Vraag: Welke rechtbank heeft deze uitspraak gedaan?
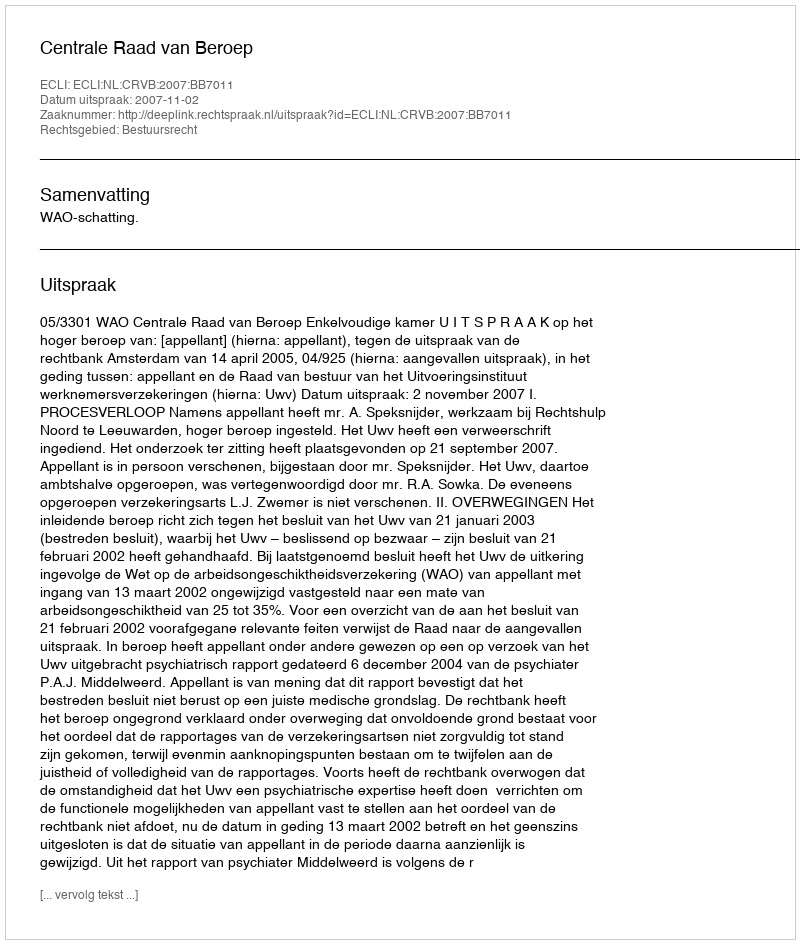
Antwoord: Centrale Raad van Beroep